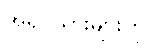
အရပ်သားများကို